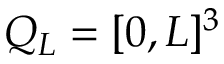
Q _ { L } = [ 0 , L ] ^ { 3 }